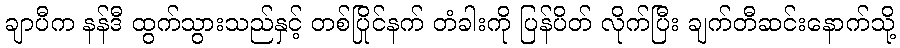
ချာပီက နန်ဒီ ထွက်သွားသည်နှင့် တစ်ပြိုင်နက် တံခါးကို ပြန်ပိတ် လိုက်ပြီး ချက်တီဆင်းနောက်သို့